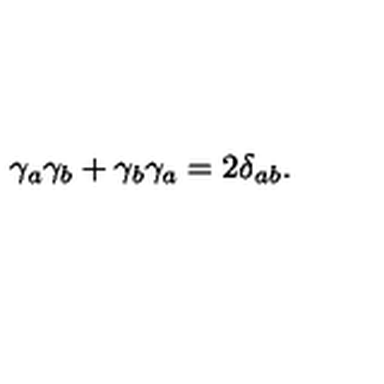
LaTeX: \gamma _ { a } \gamma _ { b } + \gamma _ { b } \gamma _ { a } = 2 \delta _ { a b } .